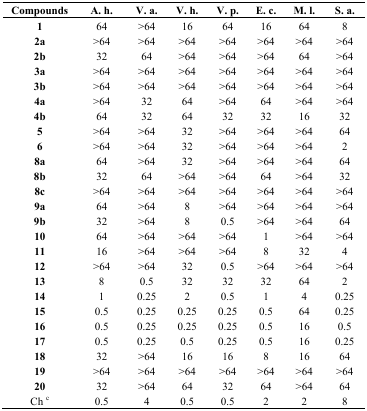
<table><thead><tr><td><b>Compounds</b></td><td><b>A. h.</b></td><td><b>V. a.</b></td><td><b>V. h.</b></td><td><b>V. p.</b></td><td><b>E. c.</b></td><td><b>M. l.</b></td><td><b>S. a.</b></td></tr></thead><tbody><tr><td><b>1</b></td><td>64</td><td>&gt;64</td><td>16</td><td>64</td><td>16</td><td>64</td><td>8</td></tr><tr><td><b>2a</b></td><td>&gt;64</td><td>&gt;64</td><td>&gt;64</td><td>&gt;64</td><td>&gt;64</td><td>&gt;64</td><td>&gt;64</td></tr><tr><td><b>2b</b></td><td>32</td><td>64</td><td>&gt;64</td><td>&gt;64</td><td>&gt;64</td><td>64</td><td>&gt;64</td></tr><tr><td><b>3a</b></td><td>&gt;64</td><td>&gt;64</td><td>&gt;64</td><td>&gt;64</td><td>&gt;64</td><td>&gt;64</td><td>&gt;64</td></tr><tr><td><b>3b</b></td><td>&gt;64</td><td>&gt;64</td><td>&gt;64</td><td>&gt;64</td><td>&gt;64</td><td>&gt;64</td><td>&gt;64</td></tr><tr><td><b>4a</b></td><td>&gt;64</td><td>32</td><td>64</td><td>&gt;64</td><td>64</td><td>&gt;64</td><td>&gt;64</td></tr><tr><td><b>4b</b></td><td>64</td><td>32</td><td>64</td><td>32</td><td>32</td><td>16</td><td>32</td></tr><tr><td><b>5</b></td><td>&gt;64</td><td>&gt;64</td><td>32</td><td>&gt;64</td><td>&gt;64</td><td>&gt;64</td><td>64</td></tr><tr><td><b>6</b></td><td>&gt;64</td><td>&gt;64</td><td>32</td><td>&gt;64</td><td>&gt;64</td><td>&gt;64</td><td>2</td></tr><tr><td><b>8a</b></td><td>64</td><td>&gt;64</td><td>32</td><td>&gt;64</td><td>&gt;64</td><td>&gt;64</td><td>64</td></tr><tr><td><b>8b</b></td><td>32</td><td>64</td><td>&gt;64</td><td>&gt;64</td><td>64</td><td>&gt;64</td><td>32</td></tr><tr><td><b>8c</b></td><td>&gt;64</td><td>&gt;64</td><td>&gt;64</td><td>&gt;64</td><td>&gt;64</td><td>&gt;64</td><td>&gt;64</td></tr><tr><td><b>9a</b></td><td>64</td><td>&gt;64</td><td>8</td><td>&gt;64</td><td>&gt;64</td><td>&gt;64</td><td>&gt;64</td></tr><tr><td><b>9b</b></td><td>32</td><td>&gt;64</td><td>8</td><td>0.5</td><td>&gt;64</td><td>&gt;64</td><td>64</td></tr><tr><td><b>10</b></td><td>64</td><td>&gt;64</td><td>&gt;64</td><td>&gt;64</td><td>1</td><td>&gt;64</td><td>&gt;64</td></tr><tr><td><b>11</b></td><td>16</td><td>&gt;64</td><td>&gt;64</td><td>&gt;64</td><td>8</td><td>32</td><td>4</td></tr><tr><td><b>12</b></td><td>&gt;64</td><td>&gt;64</td><td>32</td><td>0.5</td><td>&gt;64</td><td>&gt;64</td><td>&gt;64</td></tr><tr><td><b>13</b></td><td>8</td><td>0.5</td><td>32</td><td>32</td><td>32</td><td>64</td><td>2</td></tr><tr><td><b>14</b></td><td>1</td><td>0.25</td><td>2</td><td>0.5</td><td>1</td><td>4</td><td>0.25</td></tr><tr><td><b>15</b></td><td>0.5</td><td>0.25</td><td>0.25</td><td>0.25</td><td>0.5</td><td>64</td><td>0.25</td></tr><tr><td><b>16</b></td><td>0.5</td><td>0.25</td><td>0.25</td><td>0.25</td><td>0.5</td><td>16</td><td>0.5</td></tr><tr><td><b>17</b></td><td>0.5</td><td>0.25</td><td>0.5</td><td>0.25</td><td>0.5</td><td>16</td><td>0.25</td></tr><tr><td><b>18</b></td><td>32</td><td>&gt;64</td><td>16</td><td>16</td><td>8</td><td>16</td><td>64</td></tr><tr><td><b>19</b></td><td>&gt;64</td><td>&gt;64</td><td>&gt;64</td><td>&gt;64</td><td>&gt;64</td><td>&gt;64</td><td>&gt;64</td></tr><tr><td><b>20</b></td><td>32</td><td>&gt;64</td><td>64</td><td>32</td><td>64</td><td>&gt;64</td><td>64</td></tr><tr><td><b>Ch <sup>c</sup></b></td><td>0.5</td><td>4</td><td>0.5</td><td>0.5</td><td>2</td><td>2</td><td>8</td></tr></tbody></table>